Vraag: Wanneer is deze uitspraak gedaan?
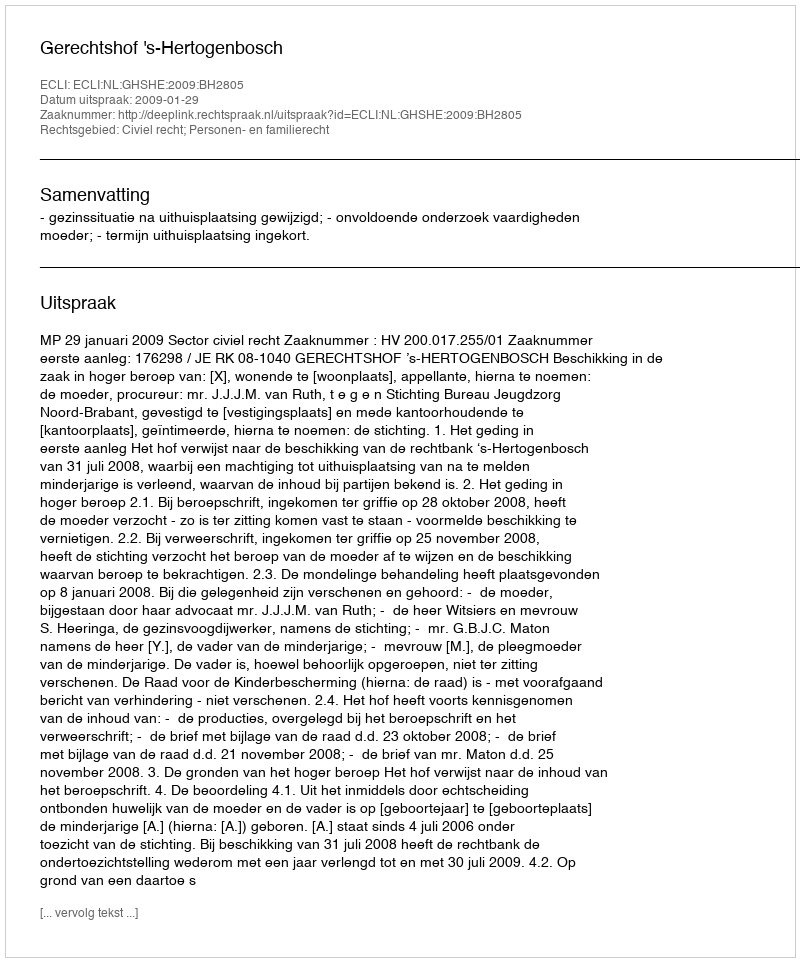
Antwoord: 2009-01-29